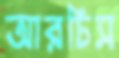
আরচিস